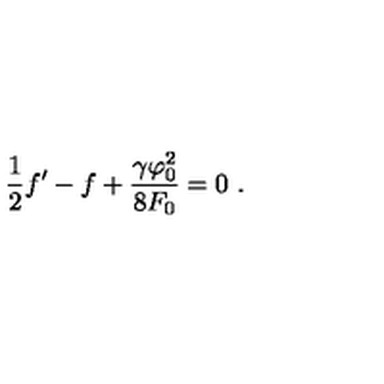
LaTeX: \frac { 1 } { 2 } f ^ { \prime } - f + \frac { \gamma \varphi _ { 0 } ^ { 2 } } { 8 F _ { 0 } } = 0 \ .